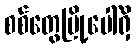
စစ်တွေမြို့ပေါ်ရှိ